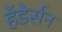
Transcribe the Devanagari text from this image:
हेंडेर्सन